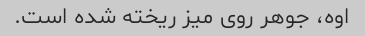
اوه، جوهر روی میز ریخته شده است.